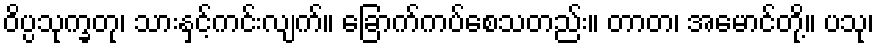
ဝိပ္ပသုက္ခတု၊ သားနှင့်ကင်းလျက်။ ခြောက်ကပ်စေသတည်း။ တာတ၊ အမောင်တို့။ ပသု၊